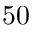
5 0